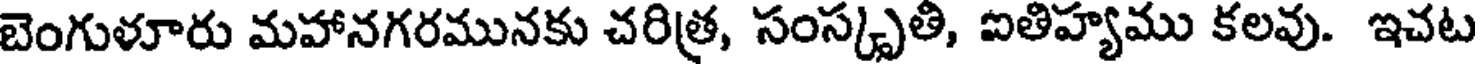
బెంగుళూరు మహానగరమునకు చరిత్ర, సంస్కృతి, ఐతిహ్యము కలవు. ఇచట